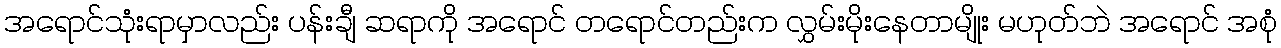
အရောင်သုံးရာမှာလည်း ပန်းချီ ဆရာကို အရောင် တရောင်တည်းက လွှမ်းမိုးနေတာမျိုး မဟုတ်ဘဲ အရောင် အစုံ